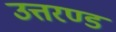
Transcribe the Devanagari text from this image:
उत्तरण्ड